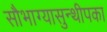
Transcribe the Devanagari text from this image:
सौभाग्यासुन्थीपका